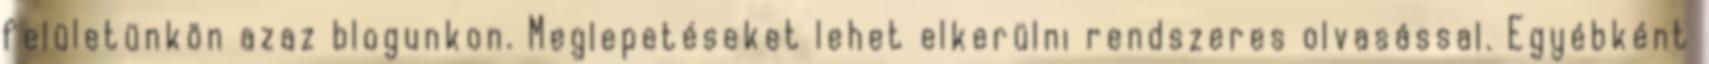
felületünkön azaz blogunkon. Meglepetéseket lehet elkerülni rendszeres olvasással. Egyébként